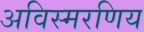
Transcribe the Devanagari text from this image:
अविस्मरणिय